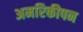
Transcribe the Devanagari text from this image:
अमरिकीपन